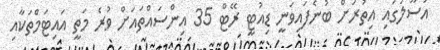
އުސޫލުގައި އިތުރަށް ބުނެފައިވަނީ ޑިއުޓީ ރޭޓް 35 އިންސައްތައަށް ވުރެ މަތީ އައިޓަމްތަކާއި